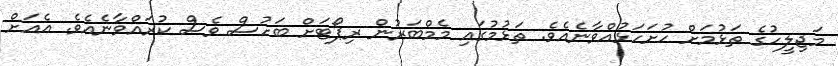
މަޖިލީހުގެ ތަޅުމަށް ހުށަހަޅުއްވާނެއެވެ. ތަޅުމުގައި މެމްބަރުން ރިޕޯޓަށް ބަހުސް ވެސް ކުރައްވާނެއެވެ. އެއަށް